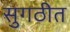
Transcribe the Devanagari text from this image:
सुगठीत